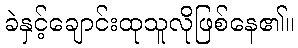
ခဲနှင့်ချောင်းထုသူလိုဖြစ်နေ၏။